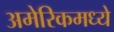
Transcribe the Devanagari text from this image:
अमेरिकमध्ये